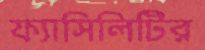
ফ্যাসিলিটির